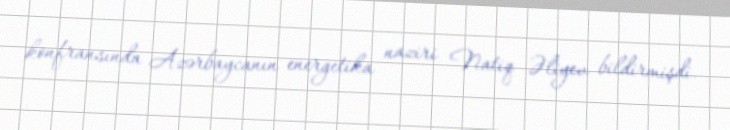
konfransında Azərbaycanın energetika naziri Natiq Əliyev bildirmişdi.